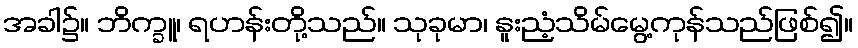
အခါ၌။ ဘိက္ခူ၊ ရဟန်းတို့သည်။ သုခုမာ၊ နူးညံ့သိမ်မွေ့ကုန်သည်ဖြစ်၍။